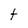
Character: t